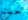
حسنا